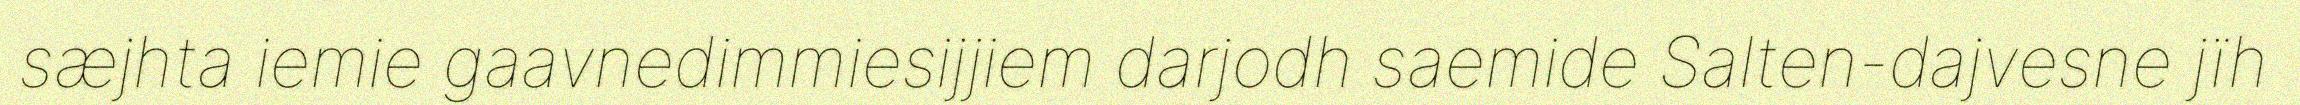
sæjhta iemie gaavnedimmiesijjiem darjodh saemide Salten-dajvesne jïh